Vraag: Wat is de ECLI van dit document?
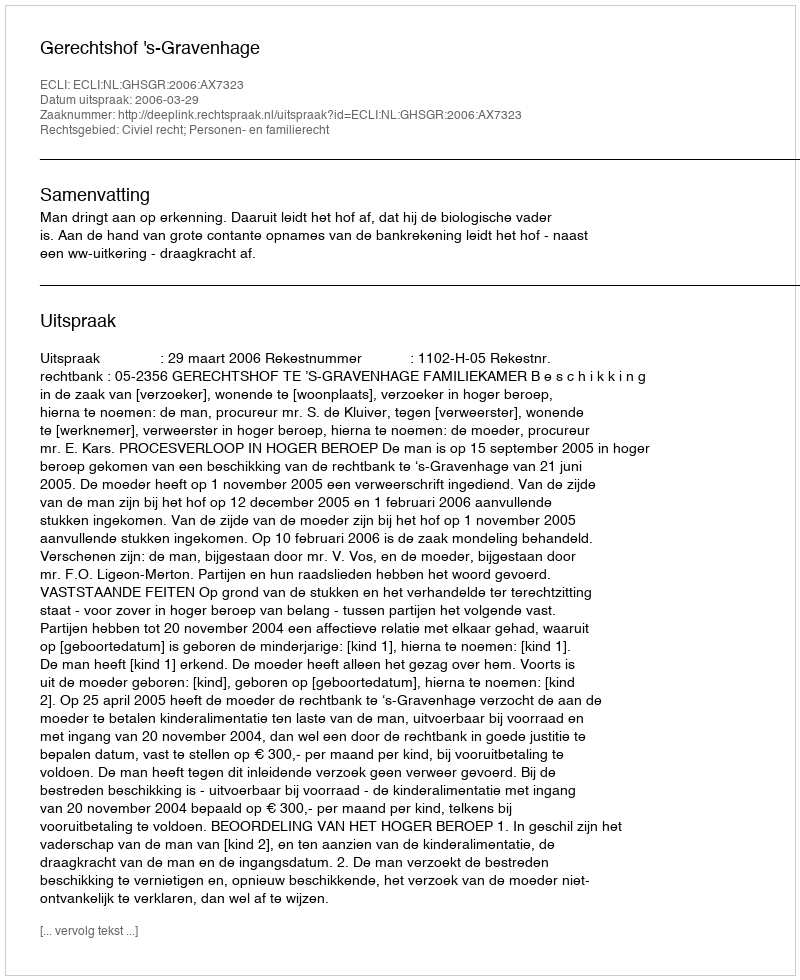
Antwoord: ECLI:NL:GHSGR:2006:AX7323